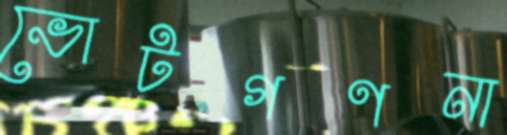
ভোটগণনা